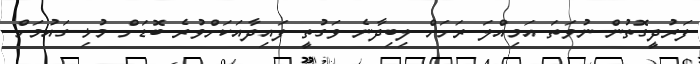
ފަރުދީގޮތުން ނުވަތަ އަމިއްލަ ރަށަށް ލިބިދާނެ ވަގުތީ ފައިދާއަކަށްވުރެ ބޮޑަށް މުޅި ގައުމަށް